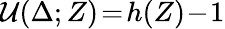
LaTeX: {\cal U}(\Delta;Z)\! =\! h(Z)\! -\! 1